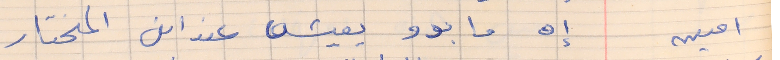
امين       إه ما بدو يعيش عند ابن المختار